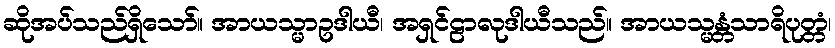
ဆိုအပ်သည်ရှိသော်။ အာယသ္မာဥဒါယီ၊ အရှင်ဠာလုဒါယီသည်။ အာယသ္မန္တံသာရိပုတ္တံ၊